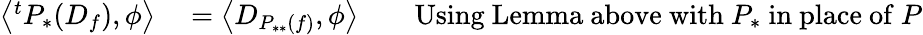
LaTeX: \begin{array}{rlrl}{\left\langle{}^{t}P_{*}(D_{f}),\phi\right\rangle}&{{}=\left\langle D_{P_{**}(f)},\phi\right\rangle}&{}&{{}{\mathrm{Using~Lemma~above~with~}}P_{*}{\mathrm{~in~place~of~}}P}\end{array}